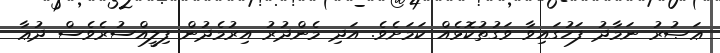
ޢަޞުރު ނަމާދު ފަހުގައިވާ ވަގުތުކޮޅެއް ކަމަށެވެ. އަދި މެންދުރު އިރުމެދުން ފިލީއްސުރެވެސް ދުޢާ